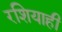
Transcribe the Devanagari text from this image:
रशियाही